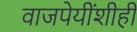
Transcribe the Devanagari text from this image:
वाजपेयींशीही